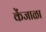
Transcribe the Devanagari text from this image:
केंजाळा